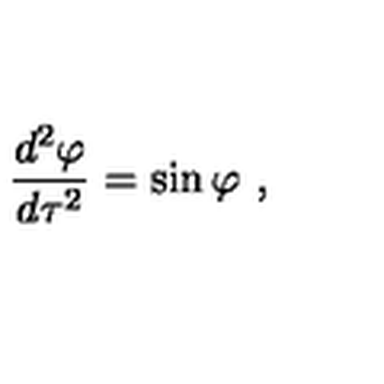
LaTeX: { \frac { d ^ { 2 } \varphi } { d \tau ^ { 2 } } } = \sin \varphi \ ,